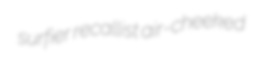
surfier recallist air-cheeked